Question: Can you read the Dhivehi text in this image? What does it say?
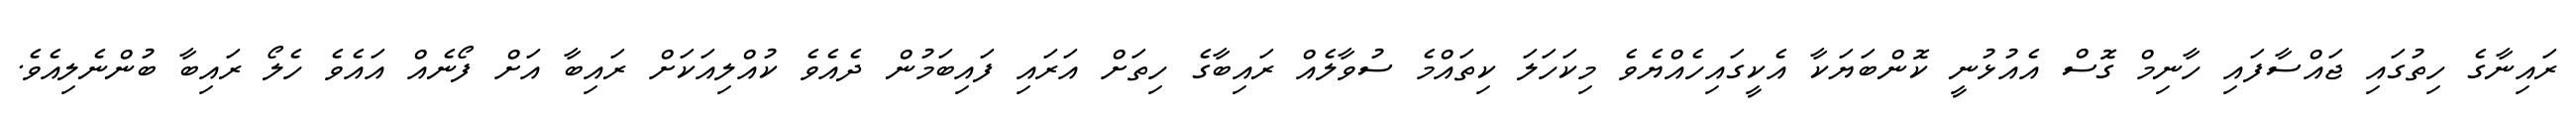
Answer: ރައިނާގެ ހިތުގައި ޖައްސާފައި ހާނިމް ގޮސް އެއުޅުނީ ކޮންބަޔަކާ އެކީގައިހެއްޔެވެ މިކަހަލަ ކިތައްމެ ސުވާލެއް ރައިބާގެ ހިތަށް އަރައި ފައިބަމުން ދެއެވެ ކުއްލިއަކަށް ރައިބާ އަށް ފޯނެއް އައެވެ ހެލޯ ރައިބާ ބުންނެލިއެވެ.